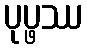
ပုပ္ဖဿ